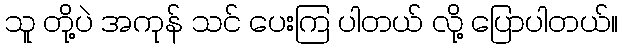
သူ တို့ပဲ အကုန် သင် ပေးကြ ပါတယ် လို့ ပြောပါတယ်။